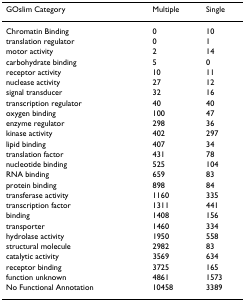
| GOslim Category | Multiple | Single |
 | --- | --- | --- |
 | Chromatin Binding | 0 | 10 |
 | translation regulator | 0 | 1 |
 | motor activity | 2 | 14 |
 | carbohydrate binding | 5 | 0 |
 | receptor activity | 10 | 11 |
 | nuclease activity | 27 | 12 |
 | signal transducer | 32 | 16 |
 | transcription regulator | 40 | 40 |
 | oxygen binding | 100 | 47 |
 | enzyme regulator | 298 | 36 |
 | kinase activity | 402 | 297 |
 | lipid binding | 407 | 34 |
 | translation factor | 431 | 78 |
 | nucleotide binding | 525 | 104 |
 | RNA binding | 659 | 83 |
 | protein binding | 898 | 84 |
 | transferase activity | 1160 | 335 |
 | transcription factor | 1311 | 441 |
 | binding | 1408 | 156 |
 | transporter | 1460 | 334 |
 | hydrolase activity | 1950 | 558 |
 | structural molecule | 2982 | 83 |
 | catalytic activity | 3569 | 634 |
 | receptor binding | 3725 | 165 |
 | function unknown | 4861 | 1573 |
 | No Functional Annotation | 10458 | 3389 |